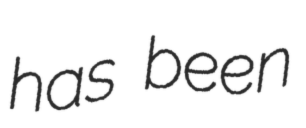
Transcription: has been